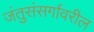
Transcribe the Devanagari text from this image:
जंतुसंसर्गावरील